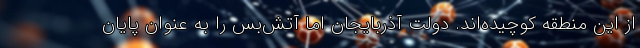
از این منطقه کوچیده‌اند. دولت آذربایجان اما آتش‌بس را به عنوان پایان